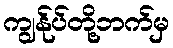
ကျွန်ုပ်တို့ဘက်မှ